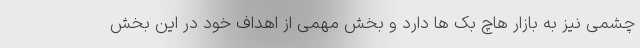
چشمی نیز به بازار هاچ بک ها دارد و بخش مهمی از اهداف خود در این بخش